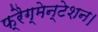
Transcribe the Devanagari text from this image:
फ्रैग्मेन्टेशन।